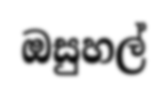
ඔසුහල්